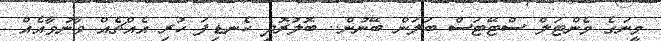
މީނަގެ މެންޓަލް ސްޓޭޓަސް ބަލަން ބޭނުން.. ބޮލުރޮދި ކެނޑިފަ ހުރި އެއްޗެއް ވާނުވާއެއް